Annual administration report of the Civil Veterinary Department of India - 1898-1899
Year: 1898
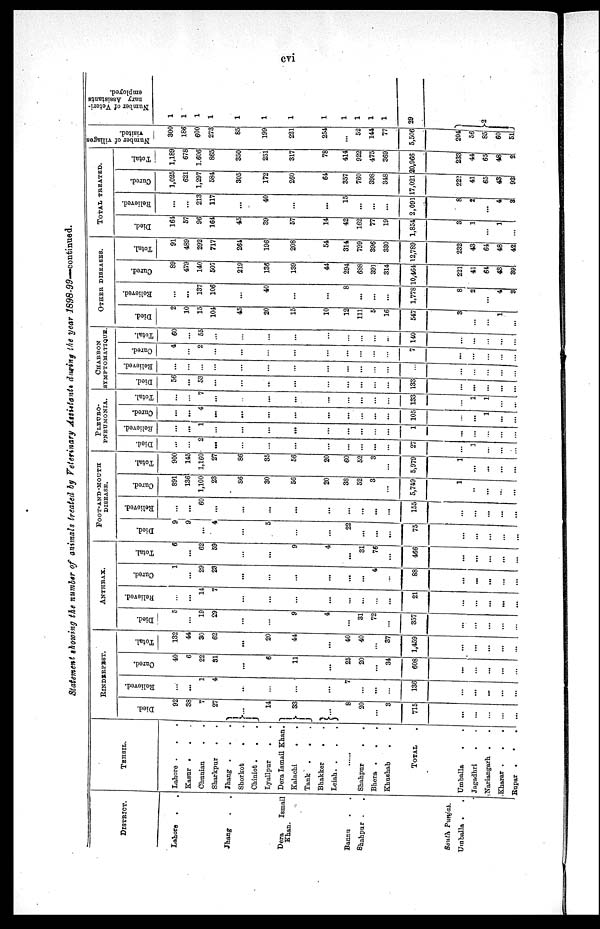
cvi
Statement showing the number of animals treated by Veterinary Assistants during the year 1898-99—continued.
DISTRICT.
Lahore . .
Jhang . .
Dera
Ismail
Khan.
Banna
Shahpur .
South Punjab.
Umballa .
TEHSIL
Lahore .
.
.
Kasur . . .
Chunian
Sharkpur
.
Jhang . . .
Shorkot
.
Chiniot
...
Lyallpur
.
Dera Ismail Khan.
Kalachi
.
.
Tank .
.
Bhakker
.
Leiah.
.
.
.
Shahpur
.
,
Bhera .
.
.
Khushab
TOTAL .
Umballa
.
.
Jagadhri
. .
Nariangarh . .
Kharar .
.
.
Rupar .
.
.
RINDERPEST.
Died.
92
33
7
27
...
14
33
...
8
20
...
3
715
...
...
...
...
...
Relieved.
...
...
1
4
...
...
...
7
...
...
136
...
...
...
...
...
Cured.
40
6
22
31
...
6
11
...
25
20
...
34
608
...
...
...
...
...
Total.
132
44
30
62
...
20
44
...
40
40
...
37
1,459
...
...
...
...
...
ANTHRAX.
Died.
5
...
19
29
...
...
9
4
...
31
72
...
357
...
...
...
...
...
Relieved.
...
...
14
7
...
...
...
...
...
...
...
...
21
...
...
...
...
...
Cured.
1
...
29
23
...
...
...
...
...
...
4
...
88
...
...
...
...
...
Total.
6
...
62
59
...
...
9
4
...
31
76
...
466
...
...
...
...
...
FOOT-AND -MOUTH
DISEASE.
Died.
9
9
...
4
...
5
...
...
22
...
...
. . .
75
...
...
...
...
...
Relieved.
...
...
60
...
...
...
...
...
...
...
...
155
...
...
...
...
...
Cured.
891
136
1,100
23
86
30
56
20
38
52
3
...
5,749
1
...
...
...
...
Total.
90
145
1,160
23
86
35
56
20
60
52
3
...
5,979
1
...
...
...
...
PLEURO-
---------.
Died.
...
2
...
...
...
...
...
...
...
...
27
...
1
...
...
...
Relieved.
...
1
...
...
...
...
...
...
...
...
...
1
...
...
...
...
..
Cured.
...
4
...
...
...
...
...
...
...
...
...
105
...
...
1
...
...
Total.
...
7
...
...
...
...
...
...
...
133
1
1
...
...
CHARBON
SYMPTOMATIQUE
Died.
56
...
53
...
...
..
...
...
...
...
...
133
...
...
..
..
...
Believed.
...
...
...
...
...
...
...
...
...
...
...
...
...
...
...
...
..
...
Cured.
4
...
2
...
...
...
...
...
...
...
...
7
...
...
..
...
Total.
60
...
55
...
...
...
...
...
...
...
...
...
140
...
...
...
...
...
OTHER DISEASES.
Died.
2
10
15
104
45
20
15
10
12
111
5
16
547
3
...
1
...
Relieved.
...
...
137
106
...
40
...
...
8
...
...
...
1,778
8
2
...
4
3
Cured.
89
479
140
507
219
136
139
44
294
688
391
314
10,464
221
41
61
43
39
Total.
91
489
292
717
264
196
208
54
314
799
396
330
12,789
232
43
64
48
42
TOTAL TREATED.
Died.
164
57
96
164
45
39
57
14
42
162
77
19
1,854
3
1
...
1
...
"Believed.
...
...
213
117
...
40
...
...
15
...
...
...
2,091
8
2
...
4
3
Cured.
1,025
621
1,297
584
305
172
260
64
357
760
398
348
17,021
222
41
65
43
93
Total.
1,189
678
1.606
865
350
251
317
78
414
922
475
369
20,966
233
44
65
48
2l
Number of villages
visited.
300
186
600
273
85
199
221
254
...
52
144
77
5,506
204
56
85
60
51
Number of Veteri-
nary Assistants
employed.
1
1
1
1
1
1
1
1
1
1
1
1
29
2